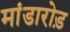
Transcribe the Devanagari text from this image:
मांडारोड़